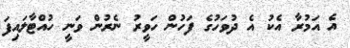
އެ އަމުރާ އެކު އެ ދުވަހުގެ ފަހުން ހަވީރު ނެރުން ވަނީ ހުއްޓާލައިފަ